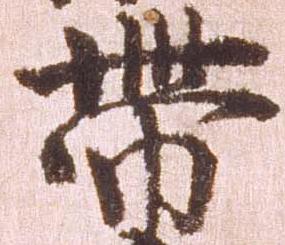
帯